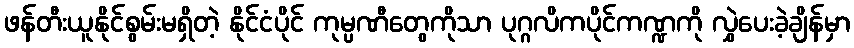
ဖန်တီးယူနိုင်စွမ်းမရှိတဲ့ နိုင်ငံပိုင် ကုမ္ပဏီတွေကိုသာ ပုဂ္ဂလိကပိုင်ကဏ္ဍကို လွှဲပေးခဲ့ချိန်မှာ